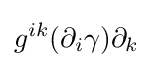
g^{ik}(\partial _{i}\gamma )\partial _{k}